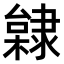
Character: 𨽿